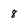
Character: 8